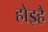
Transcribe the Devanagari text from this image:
होइहै